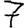
Digit: 7